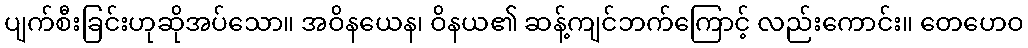
ပျက်စီးခြင်းဟုဆိုအပ်သော။ အဝိနယေန၊ ဝိနယ၏ ဆန့်ကျင်ဘက်ကြောင့် လည်းကောင်း။ တေဟေဝ